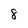
Character: 8